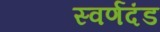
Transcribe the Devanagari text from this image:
स्वर्णदंड